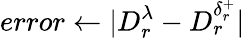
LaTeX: error\gets|D_{r}^{\lambda}-D_{r}^{\delta_{r}^{+}}|